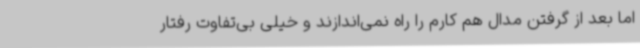
اما بعد از گرفتن مدال هم کارم را راه نمی‌اندازند و خیلی بی‌تفاوت رفتار